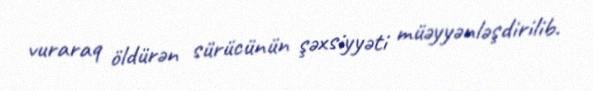
vuraraq öldürən sürücünün şəxsiyyəti müəyyənləşdirilib.